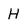
Character: H